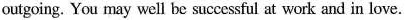
outgoing. You may well be successful at work and in love.